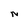
Character: N